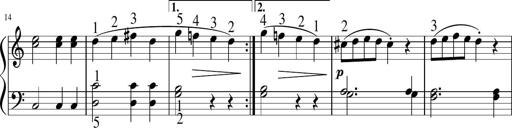
Title: 6 Instructive Sonatinas
Composer: Jacob Schmitt